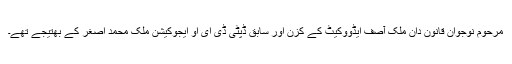
مرحوم نوجوان قانون دان ملک آصف ایڈووکیٹ کے کزن اور سابق ڈپٹی ڈی ای او ایجوکیشن ملک محمد اصغر کے بھتیجے تھے۔